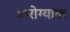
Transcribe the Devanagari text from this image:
आरोग्याक